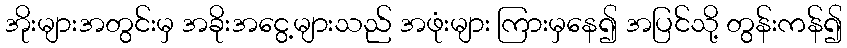
အိုးများအတွင်းမှ အခိုးအငွေ့များသည် အဖုံးများ ကြားမှနေ၍ အပြင်သို့ တွန်းကန်၍